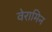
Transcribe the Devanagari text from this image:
वेरामिन